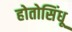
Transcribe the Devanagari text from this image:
होतोसिंधू